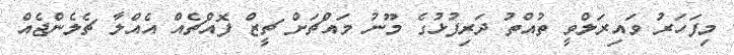
މިފަހަރު ވައިރަލްވީ ތުއްތު ދަރިފުޅުގެ މޫނު މައްޗަށް ޗީޒް ފޮއްޗެއް އެެއްލާ ޗެލެންޖެއް